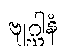
ဗျဂ္ဃါနံ